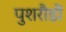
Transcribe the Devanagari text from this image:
पुशरौडों